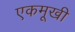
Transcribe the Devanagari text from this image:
एकमूखी